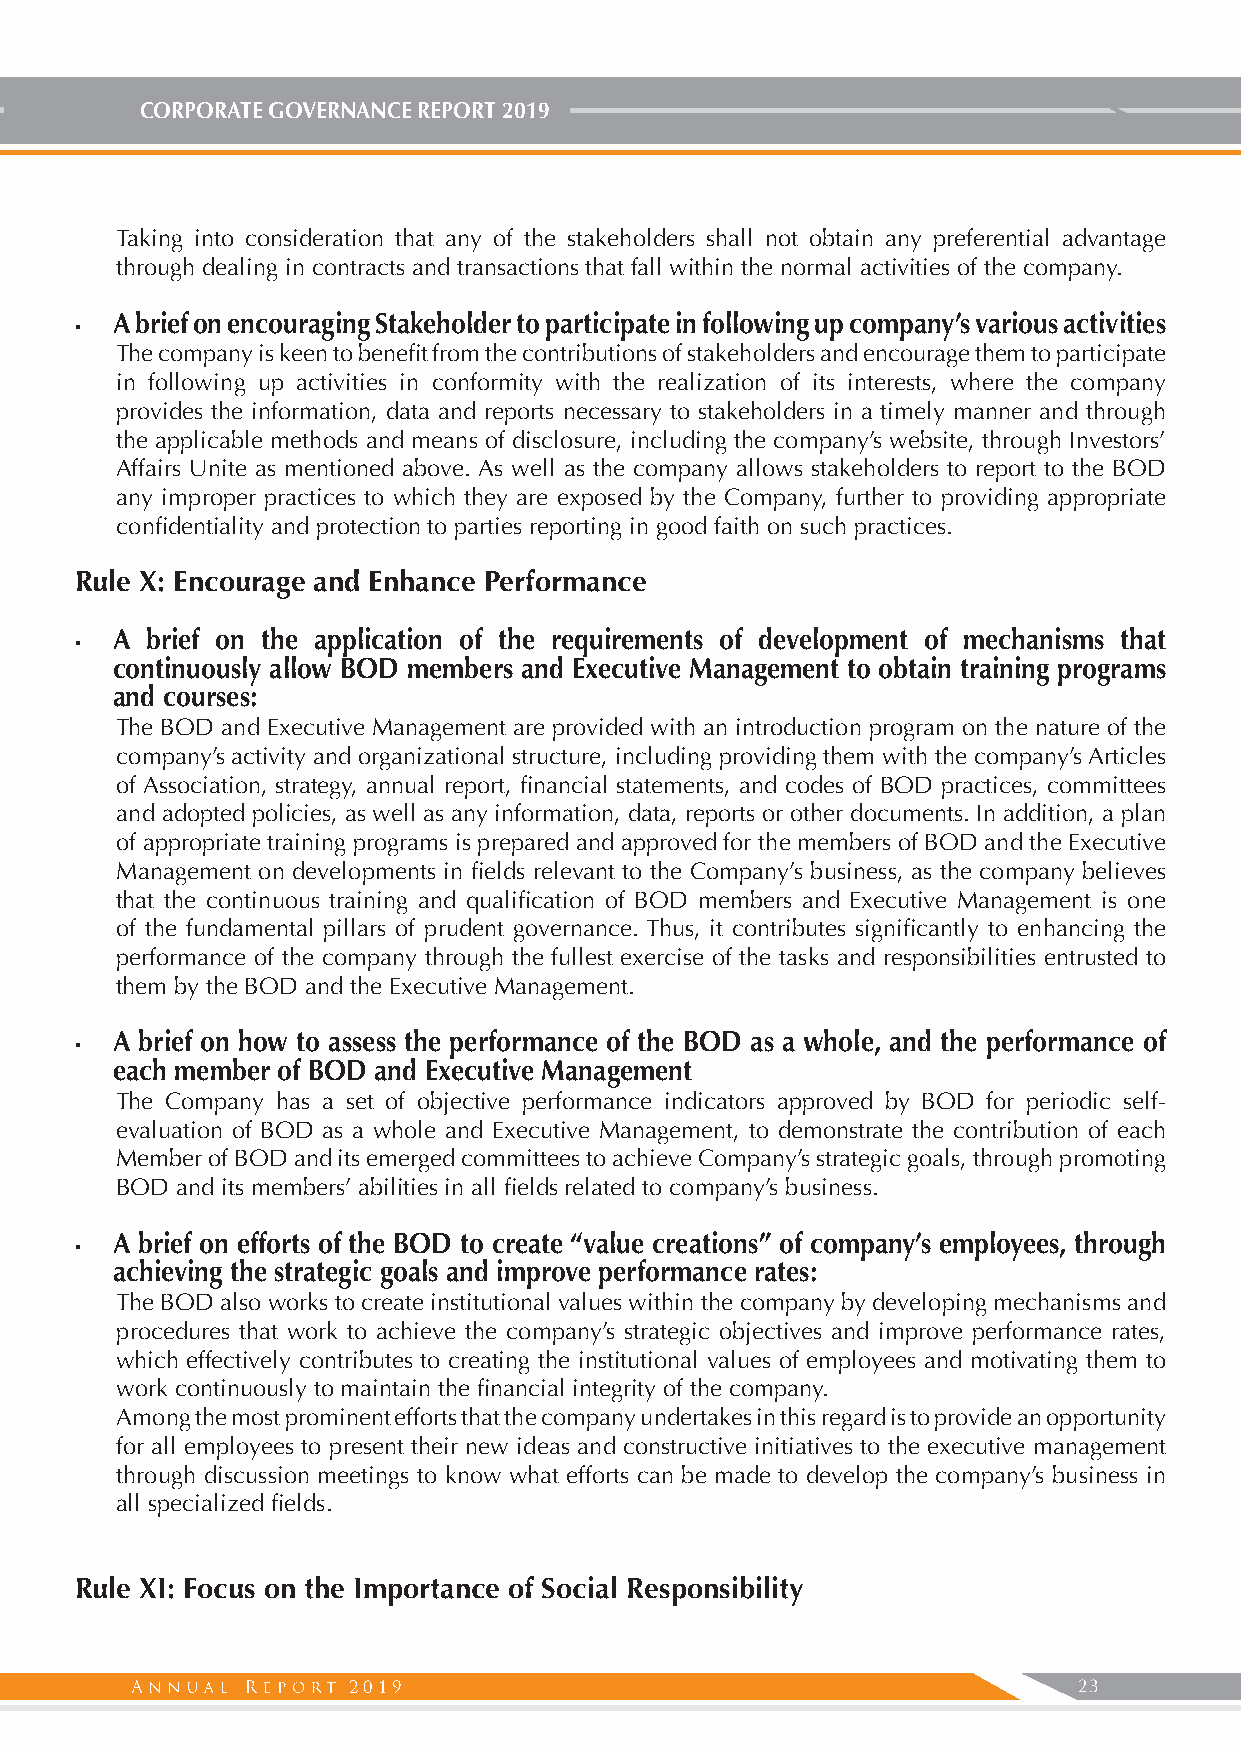
CORPORATE GOVERNANCE REPORT 2019
 Taking into consideration that any of the stakeholders shall not obtain any preferential advantage
 through dealing in contracts and transactions that fall within the normal activities of the company.
 A brief on encouraging Stakeholder to participate in following up company’s various activities
 •
 The company is keen to benefit from the contributions of stakeholders and encourage them to participate
 in following up activities in conformity with the realization of its interests, where the company
 provides the information, data and reports necessary to stakeholders in a timely manner and through
 the applicable methods and means of disclosure, including the company’s website, through Investors’
 Affairs Unite as mentioned above. As well as the company allows stakeholders to report to the BOD
 any improper practices to which they are exposed by the Company, further to providing appropriate
 confidentiality and protection to parties reporting in good faith on such practices.
 Rule X: Encourage and Enhance Performance
 A  brief on the application of the requirements of development of mechanisms that
 •
 continuously allow BOD members and Executive Management to obtain training programs
 and courses:
 The BOD and Executive Management are provided with an introduction program on the nature of the
 company’s activity and organizational structure, including providing them with the company’s Articles
 of Association, strategy, annual report, financial statements, and codes of BOD practices, committees
 and adopted policies, as well as any information, data, reports or other documents. In addition, a plan
 of appropriate training programs is prepared and approved for the members of BOD and the Executive
 Management on developments in fields relevant to the Company’s business, as the company believes
 that the continuous training and qualification of BOD members and Executive Management is one
 of the fundamental pillars of prudent governance. Thus, it contributes significantly to enhancing the
 performance of the company through the fullest exercise of the tasks and responsibilities entrusted to
 them by the BOD and the Executive Management.
 A brief on how to assess the performance of the BOD as a whole, and the performance of
 •
 each member of BOD and Executive Management
 The Company has a set of objective performance indicators approved by BOD for periodic self-
 evaluation of BOD as a whole and Executive Management, to demonstrate the contribution of each
 Member of BOD and its emerged committees to achieve Company’s strategic goals, through promoting
 BOD and its members’ abilities in all fields related to company’s business.
 A brief on efforts of the BOD to create “value creations” of company’s employees, through
 •
 achieving the strategic goals and improve performance rates:
 The BOD also works to create institutional values within the company by developing mechanisms and
 procedures that work to achieve the company’s strategic objectives and improve performance rates,
 which effectively contributes to creating the institutional values of employees and motivating them to
 work continuously to maintain the financial integrity of the company.
 Among the most prominent efforts that the company undertakes in this regard is to provide an opportunity
 for all employees to present their new ideas and constructive initiatives to the executive management
 through discussion meetings to know what efforts can be made to develop the company’s business in
 all specialized fields.
 Rule XI: Focus on the Importance of Social Responsibility
 2019                                            23